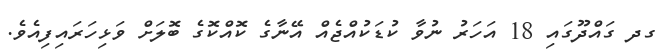
ގދ ގައްދޫގައި 18 އަހަރު ނުވާ ކުޑަކުއްޖެއް އޭނާގެ ކޮއްކޮގެ ބޮލަށް ވަޅިހަރައިފިއެވެ.